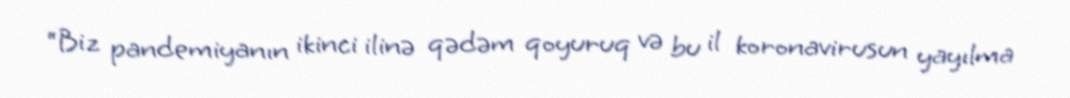
“Biz pandemiyanın ikinci ilinə qədəm qoyuruq və bu il koronavirusun yayılma